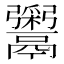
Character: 𬴹